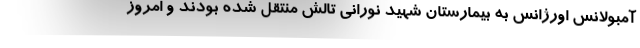
آمبولانس اورژانس به بیمارستان شهید نورانی تالش منتقل شده بودند و امروز